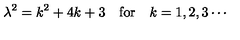
\lambda ^ { 2 } = k ^ { 2 } + 4 k + 3 \quad \mathrm { f o r } \quad k = 1 , 2 , 3 \cdots